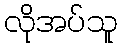
လိုအပ်သူ